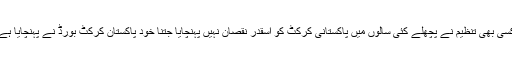
کسی بھی تنظیم نے پچھلے کئی سالوں میں پاکستانی کرکٹ کو اسقدر نقصان نہیں پہنچایا جتنا خود پاکستان کرکٹ بورڈ نے پہنچایا ہے۔